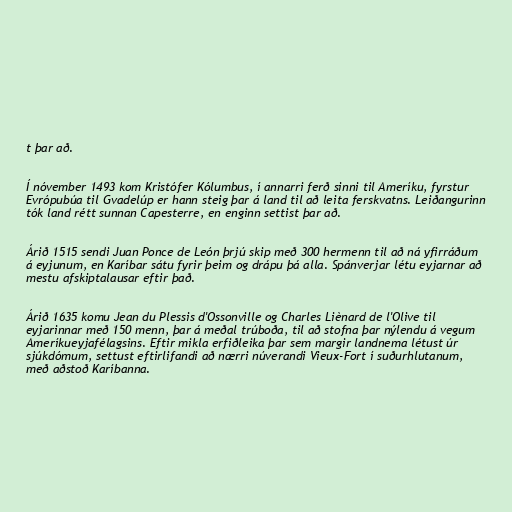
t þar að.

Í nóvember 1493 kom Kristófer Kólumbus, í annarri ferð sinni til Ameríku, fyrstur
Evrópubúa til Gvadelúp er hann steig þar á land til að leita ferskvatns. Leiðangurinn
tók land rétt sunnan Capesterre, en enginn settist þar að.

Árið 1515 sendi Juan Ponce de León þrjú skip með 300 hermenn til að ná yfirráðum
á eyjunum, en Karíbar sátu fyrir þeim og drápu þá alla. Spánverjar létu eyjarnar að
mestu afskiptalausar eftir það.

Árið 1635 komu Jean du Plessis d'Ossonville og Charles Liènard de l'Olive til
eyjarinnar með 150 menn, þar á meðal trúboða, til að stofna þar nýlendu á vegum
Ameríkueyjafélagsins. Eftir mikla erfiðleika þar sem margir landnema létust úr
sjúkdómum, settust eftirlifandi að nærri núverandi Vieux-Fort í suðurhlutanum,
með aðstoð Karíbanna.